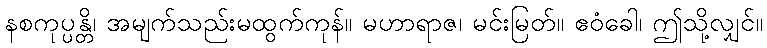
နစကုပ္ပန္တိ၊ အမျက်သည်းမထွက်ကုန်။ မဟာရာဇ၊ မင်းမြတ်။ ဧဝံခေါ၊ ဤသို့လျှင်။